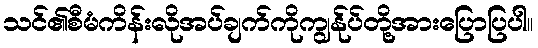
သင်၏စီမံကိန်းလိုအပ်ချက်ကိုကျွန်ုပ်တို့အားပြောပြပါ။